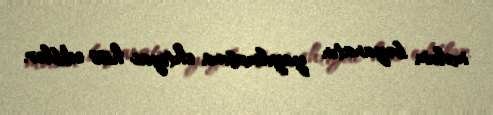
məlum bəyanatın yayılmasına ehtiyac hiss ediblər.